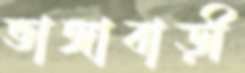
ভাঙ্গাবাড়ী